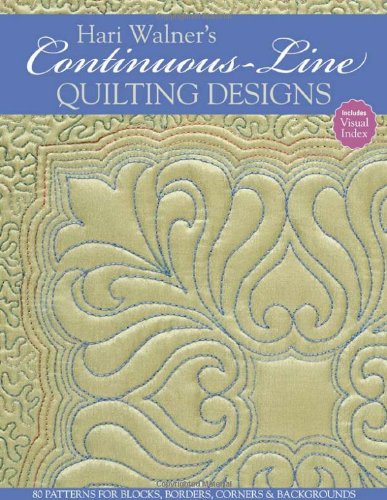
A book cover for Hari Walner's Continuous-Line Quilting Designs: 80 Patterns for Blocks, Borders, Corners, & Backgrounds; Hari Walner; Crafts, Hobbies & Home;